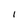
Character: 1